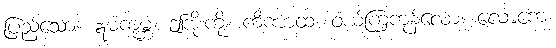
ပြည့်သော။ ဣမံကုမ္ဘံ၊ ဤအိုးကို။ ကိဏာထ၊ ဝယ်ကြကုန်လော။ လောကေ၊